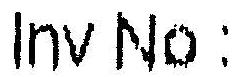
INV NO :